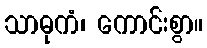
သာဓုကံ၊ ကောင်းစွာ။